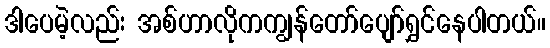
ဒါပေမဲ့လည်း အစ်ဟာလိုကကျွန်တော်ပျော်ရွှင်နေပါတယ်။